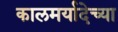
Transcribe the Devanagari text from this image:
कालमर्यादेच्या